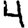
Digit: 4